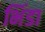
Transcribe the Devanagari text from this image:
भिंडा